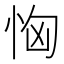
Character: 恟